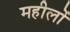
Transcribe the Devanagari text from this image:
महीलों